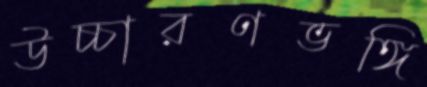
উচ্চারণভঙ্গি